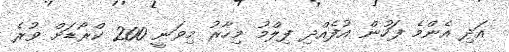
އަދި އެންމެ ފަހުން އުފެއްދި ފިލްމު މިހާރު މިވަނީ 200 ކްރޯޑަށް ވުރެ